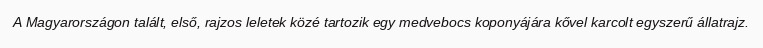
A Magyarországon talált, első, rajzos leletek közé tartozik egy medvebocs koponyájára kővel karcolt egyszerű állatrajz.